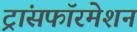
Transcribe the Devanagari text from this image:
ट्रांसफॉरमेशन